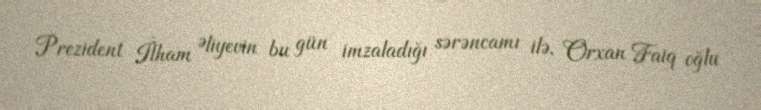
Prezident İlham Əliyevin bu gün imzaladığı sərəncamı ilə, Orxan Faiq oğlu